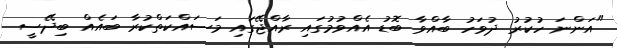
"އަންނަ ހުކުރު ދުވަހު ބާއްވާ ބޮޑު އެއްވުމުގައި ރާއްޖޭގައި މަސައްކަތްކުރާ ބައެއް ބިދޭސީ